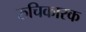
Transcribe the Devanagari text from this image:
रुचिकारक